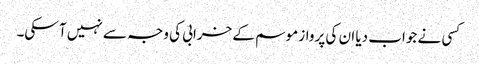
کسی نے جواب دیا ان کی پرواز موسم کے خرابی کی وجہ سے نہیں آ سکی۔